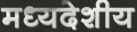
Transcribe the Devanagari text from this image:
मध्‍यदेशीय